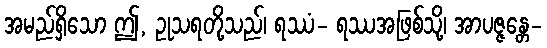
အမည်ရှိသော ဤ, ဥုသရတို့သည်၊ ရဿံ- ရဿအဖြစ်သို့၊ အာပဇ္ဇန္တေ-